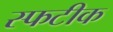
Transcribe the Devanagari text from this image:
स्फटीक